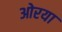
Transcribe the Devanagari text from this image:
ओरया